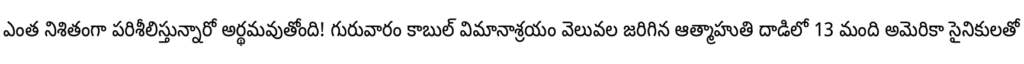
ఎంత నిశితంగా పరిశీలిస్తున్నారో అర్థమవుతోంది! గురువారం కాబుల్ విమానాశ్రయం వెలువల జరిగిన ఆత్మాహుతి దాడిలో 13 మంది అమెరికా సైనికులతో